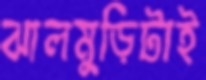
ঝালমুড়িটাই